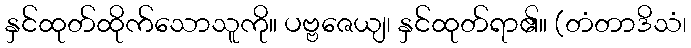
နှင်ထုတ်ထိုက်သောသူကို။ ပဗ္ဗဇေယျ၊ နှင်ထုတ်ရာ၏။ (တံတာဒိသံ၊